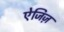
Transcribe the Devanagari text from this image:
ऐजिज़